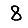
Digit: 8